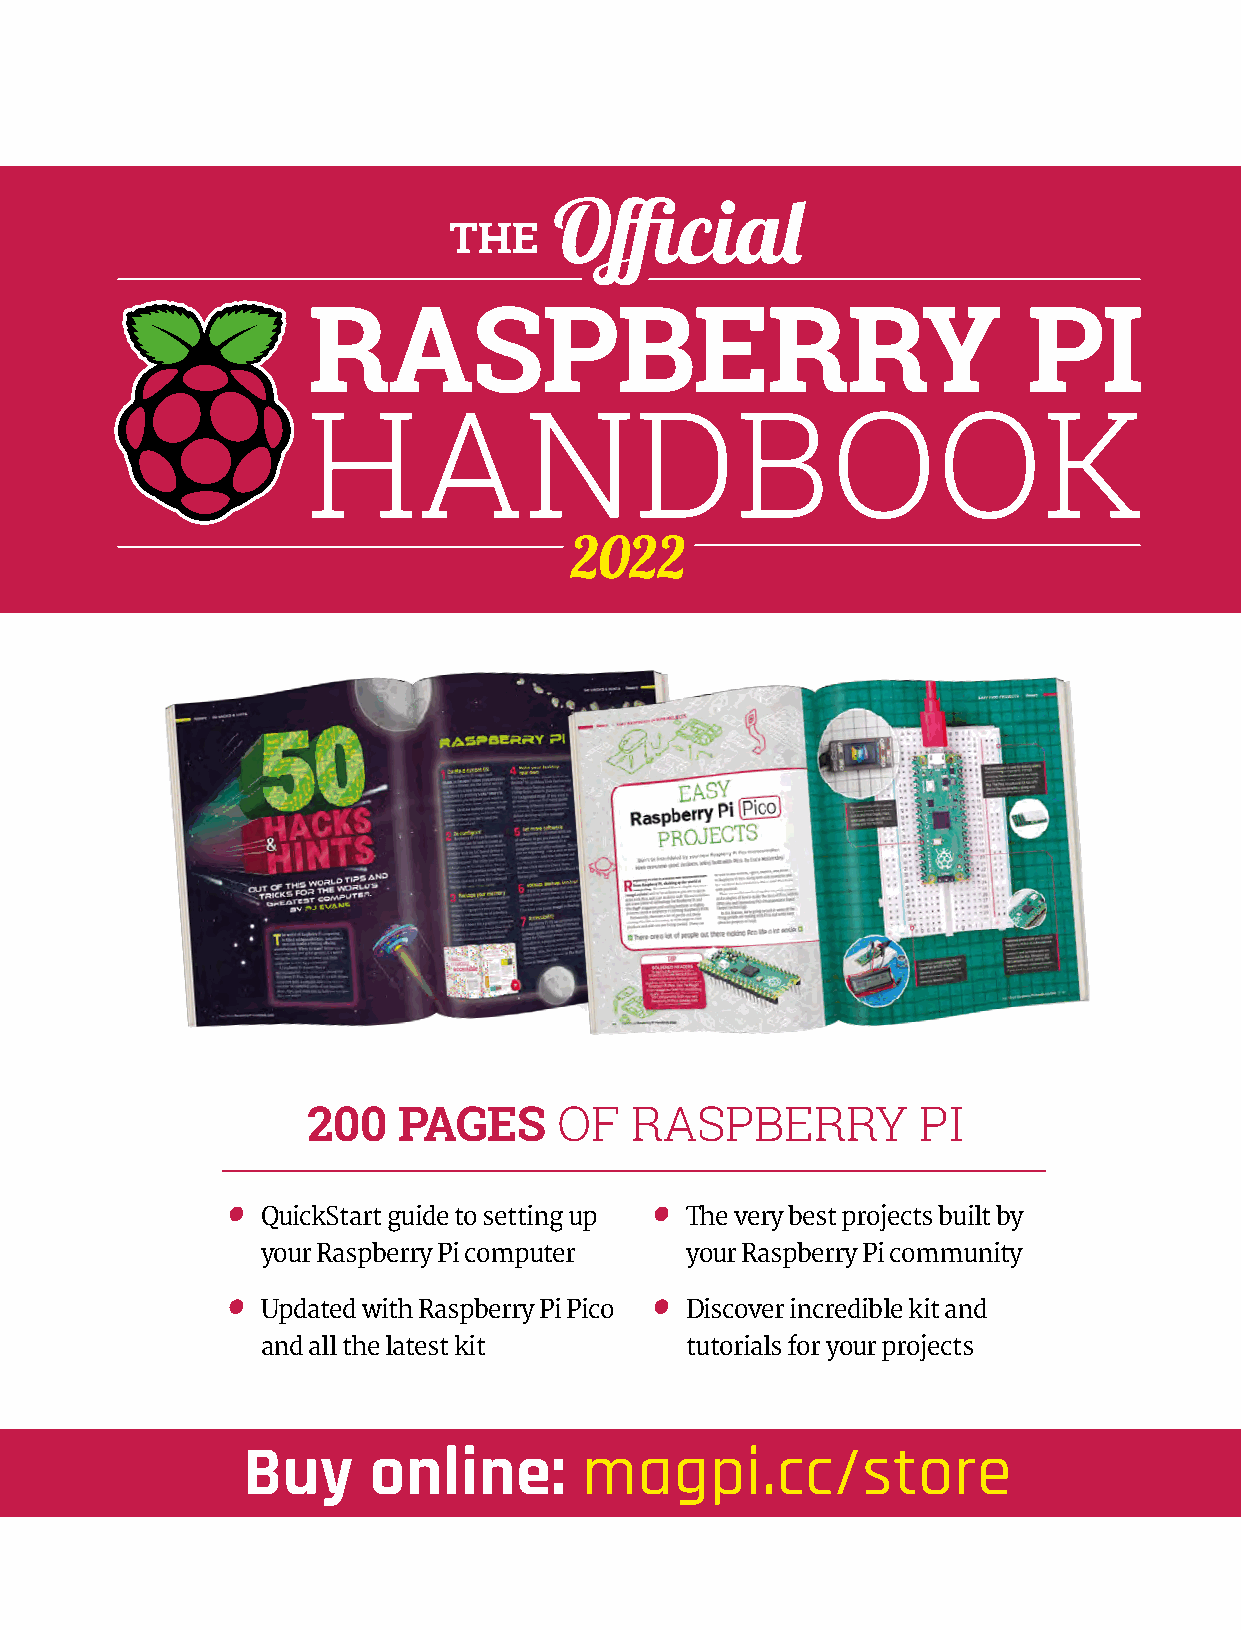
200   PAGES      OF   RASPBERRY          PI
 QuickStart guide to setting up The very best projects built by
 your Raspberry Pi computer  your Raspberry Pi community
 Updated with Raspberry Pi Pico Discover incredible kit and
 and all the latest kit      tutorials for your projects
 Buy     online:       magpi.cc/store